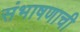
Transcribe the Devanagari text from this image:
संभाषणाची